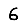
Digit: 6